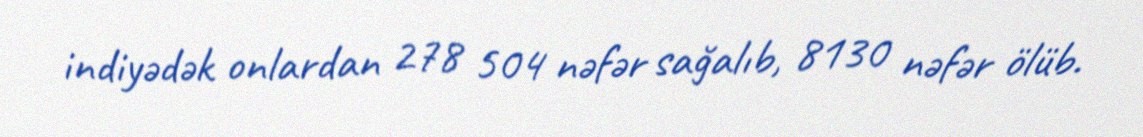
indiyədək onlardan 278 504 nəfər sağalıb, 8130 nəfər ölüb.